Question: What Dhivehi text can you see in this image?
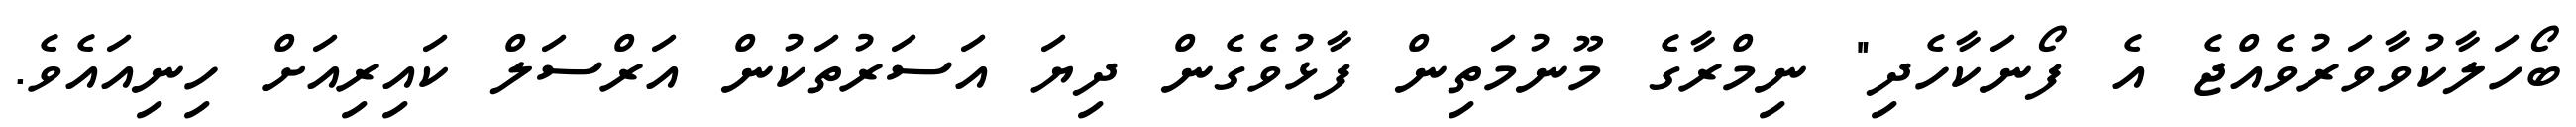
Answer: ބޯހަލާކުވާވަރުވެއްޖެ އެ ފޯނަކާހެދި" ނިމްރާގެ މޫނުމަތިން ފާޅުވެގެން ދިޔަ އަސަރުތަކުން އަރްސަލް ކައިރިއަށް ހިނިއައެވެ.